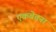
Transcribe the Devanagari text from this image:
एकबेतना